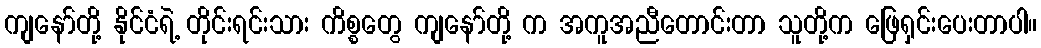
ကျနော်တို့ နိုင်ငံရဲ့ တိုင်းရင်းသား ကိစ္စတွေ ကျနော်တို့ က အကူအညီတောင်းတာ သူတို့က ဖြေရှင်းပေးတာပါ။